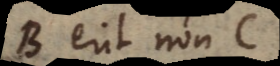
B erit non C,